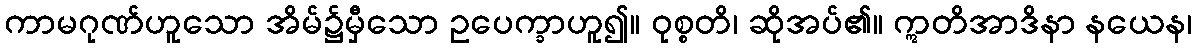
ကာမဂုဏ်ဟူသော အိမ်၌မှီသော ဥပေက္ခာဟူ၍။ ဝုစ္စတိ၊ ဆိုအပ်၏။ ဣတိအာဒိနာ နယေန၊